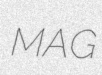
MAG